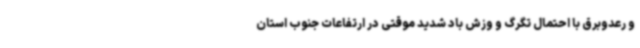
و رعدوبرق با احتمال تگرگ و وزش باد شدید موقتی در ارتفاعات جنوب استان